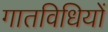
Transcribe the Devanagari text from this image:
गातविधियों